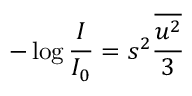
- \log { \frac { I } { I _ { 0 } } } = s ^ { 2 } \frac { \overline { { u ^ { 2 } } } } { 3 }